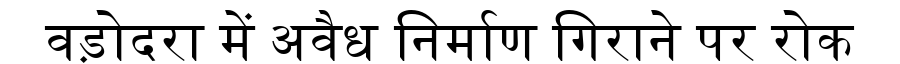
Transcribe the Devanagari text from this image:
वड़ोदरा में अवैध निर्माण गिराने पर रोक